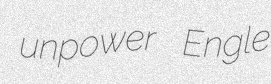
unpower Engle